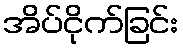
အိပ်ငိုက်ခြင်း